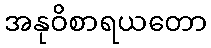
အနုဝိစာရယတော